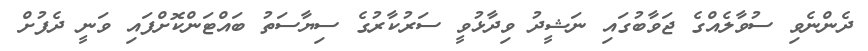
ދެންނެވި ސުވާލެއްގެ ޖަވާބުގައި ނަޝީދު ވިދާޅުވީ ސަރުކާރުގެ ސިޔާސަތު ބައްޓަންކޮށްފައި ވަނީ ދެފުށް